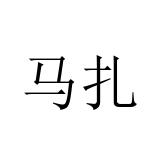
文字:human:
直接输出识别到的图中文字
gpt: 马扎